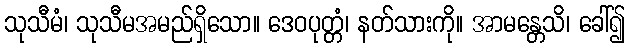
သုသီမံ၊ သုသီမအမည်ရှိသော။ ဒေဝပုတ္တံ၊ နတ်သားကို။ အာမန္တေသိ၊ ခေါ်၍